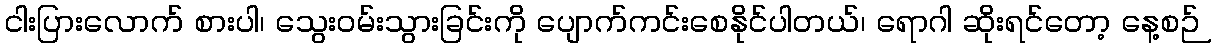
ငါးပြားလောက် စားပါ၊ သွေးဝမ်းသွားခြင်းကို ပျောက်ကင်းစေနိုင်ပါတယ်၊ ရောဂါ ဆိုးရင်တော့ နေ့စဉ်